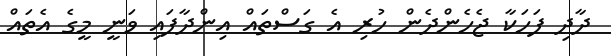
ދާދި ފަހަކާ ޖެހެންދެން ހުރި އެ ގަސްތައް އިންދާފައި ވަނީ މީގެ އެތައް